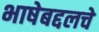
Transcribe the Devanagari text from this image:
भाषेबद्दलचे